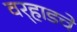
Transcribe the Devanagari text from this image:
वर्‍हाडचे